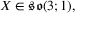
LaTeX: X \in { \mathfrak { s o } } ( 3 ; 1 ) ,